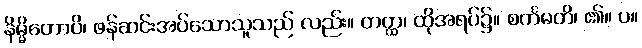
နိမ္မိတောပိ၊ ဖန်ဆင်းအပ်သောသူသည် လည်း။ တတ္ထ၊ ထိုအရပ်၌။ စင်္ကမတိ၊ ၏။ ပ။